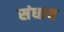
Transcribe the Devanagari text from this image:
संधाय